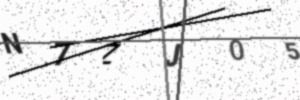
Text: N7ZJ05